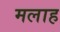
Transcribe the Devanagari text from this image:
मलाह